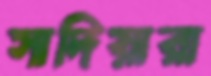
সাদিয়ারা